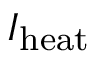
I _ { \mathrm { h e a t } }